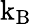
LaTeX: \mathrm{k_{B}}